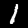
Digit: 1